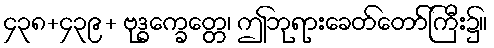
၄၃၈+၄၃၉+ ဗုဒ္ဓက္ခေတ္တေ၊ ဤဘုရားခေတ်တော်ကြီး၌။